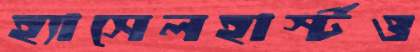
হ্যাসেলহার্স্টও